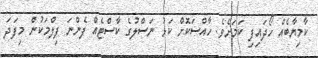
ކާމިޔާބެއް ހޯދައިފި ކަމަށެވެ. ހާއްސަކޮށް ކަޅު ނަސްލުގެ ކާސްޓެއް ފެންނަ ފިލްމަކުން މިފަދަ